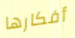
أفكارها